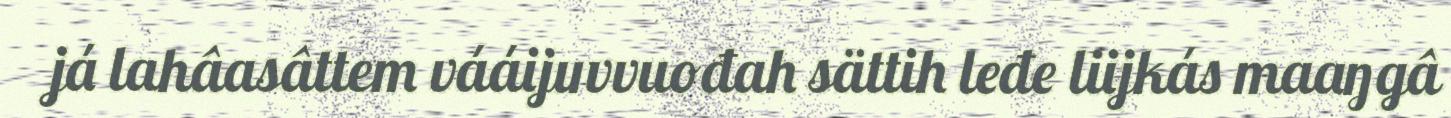
já lahâasâttem vááijuvvuođah sättih leđe liijkás maaŋgâ